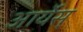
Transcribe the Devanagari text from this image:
आर्येस्